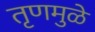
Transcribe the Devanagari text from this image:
तृणमुळे